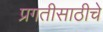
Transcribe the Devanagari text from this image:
प्रगतीसाठीचे